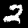
Digit: 2